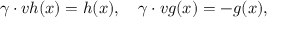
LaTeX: \gamma \cdot v h ( x ) = h ( x ) , \ \ \ \gamma \cdot v g ( x ) = - g ( x ) ,